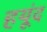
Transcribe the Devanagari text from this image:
हयूंद